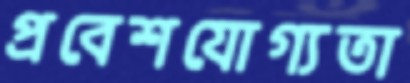
প্রবেশযোগ্যতা